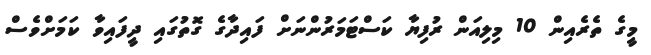
މީގެ ތެރެއިން 10 މިލިއަން ރުފިޔާ ކަސްޓަމަރުންނަށް ފައިދާގެ ގޮތުގައި ދީފައިވާ ކަަމަށްވެސް